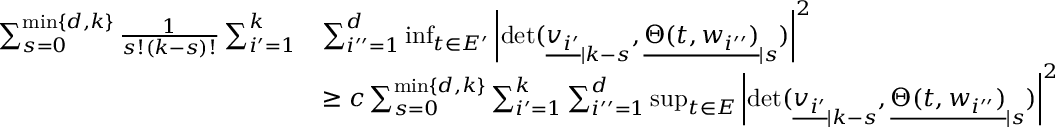
\begin{array} { r l } { \sum _ { s = 0 } ^ { \operatorname* { m i n } \{ d , k \} } \frac { 1 } { s ! ( k - s ) ! } \sum _ { i ^ { \prime } = 1 } ^ { k } } & { \sum _ { i ^ { \prime \prime } = 1 } ^ { d } \operatorname* { i n f } _ { t \in E ^ { \prime } } \left| \operatorname* { d e t } ( { \underline { { v _ { i ^ { \prime } } } } } _ { | k - s } , { \underline { { \Theta ( t , w _ { i ^ { \prime \prime } } ) } } } _ { | s } ) \right| ^ { 2 } } \\ & { \geq c \sum _ { s = 0 } ^ { \operatorname* { m i n } \{ d , k \} } \sum _ { i ^ { \prime } = 1 } ^ { k } \sum _ { i ^ { \prime \prime } = 1 } ^ { d } \operatorname* { s u p } _ { t \in E } \left| \operatorname* { d e t } ( { \underline { { v _ { i ^ { \prime } } } } } _ { | k - s } , { \underline { { \Theta ( t , w _ { i ^ { \prime \prime } } ) } } } _ { | s } ) \right| ^ { 2 } } \end{array}